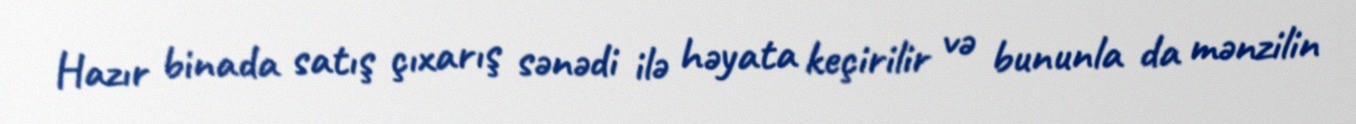
Hazır binada satış çıxarış sənədi ilə həyata keçirilir və bununla da mənzilin